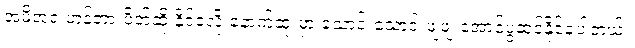
အမိအရ ဟန့်တားပိတ်ဆို့ နိုင်ခဲ့လို့ နောက်ဆုံးမှာ သောင်းသောင်းဖျဖျ အောင်ပွဲဆင်နိုင်ခဲ့ပါတယ်။